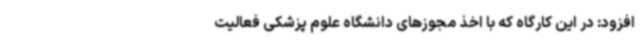
افزود: در این کارگاه که با اخذ مجوزهای دانشگاه علوم‌ پزشکی فعالیت